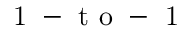
{ \mathrm { ~ 1 ~ - ~ t ~ o ~ - ~ 1 ~ } }